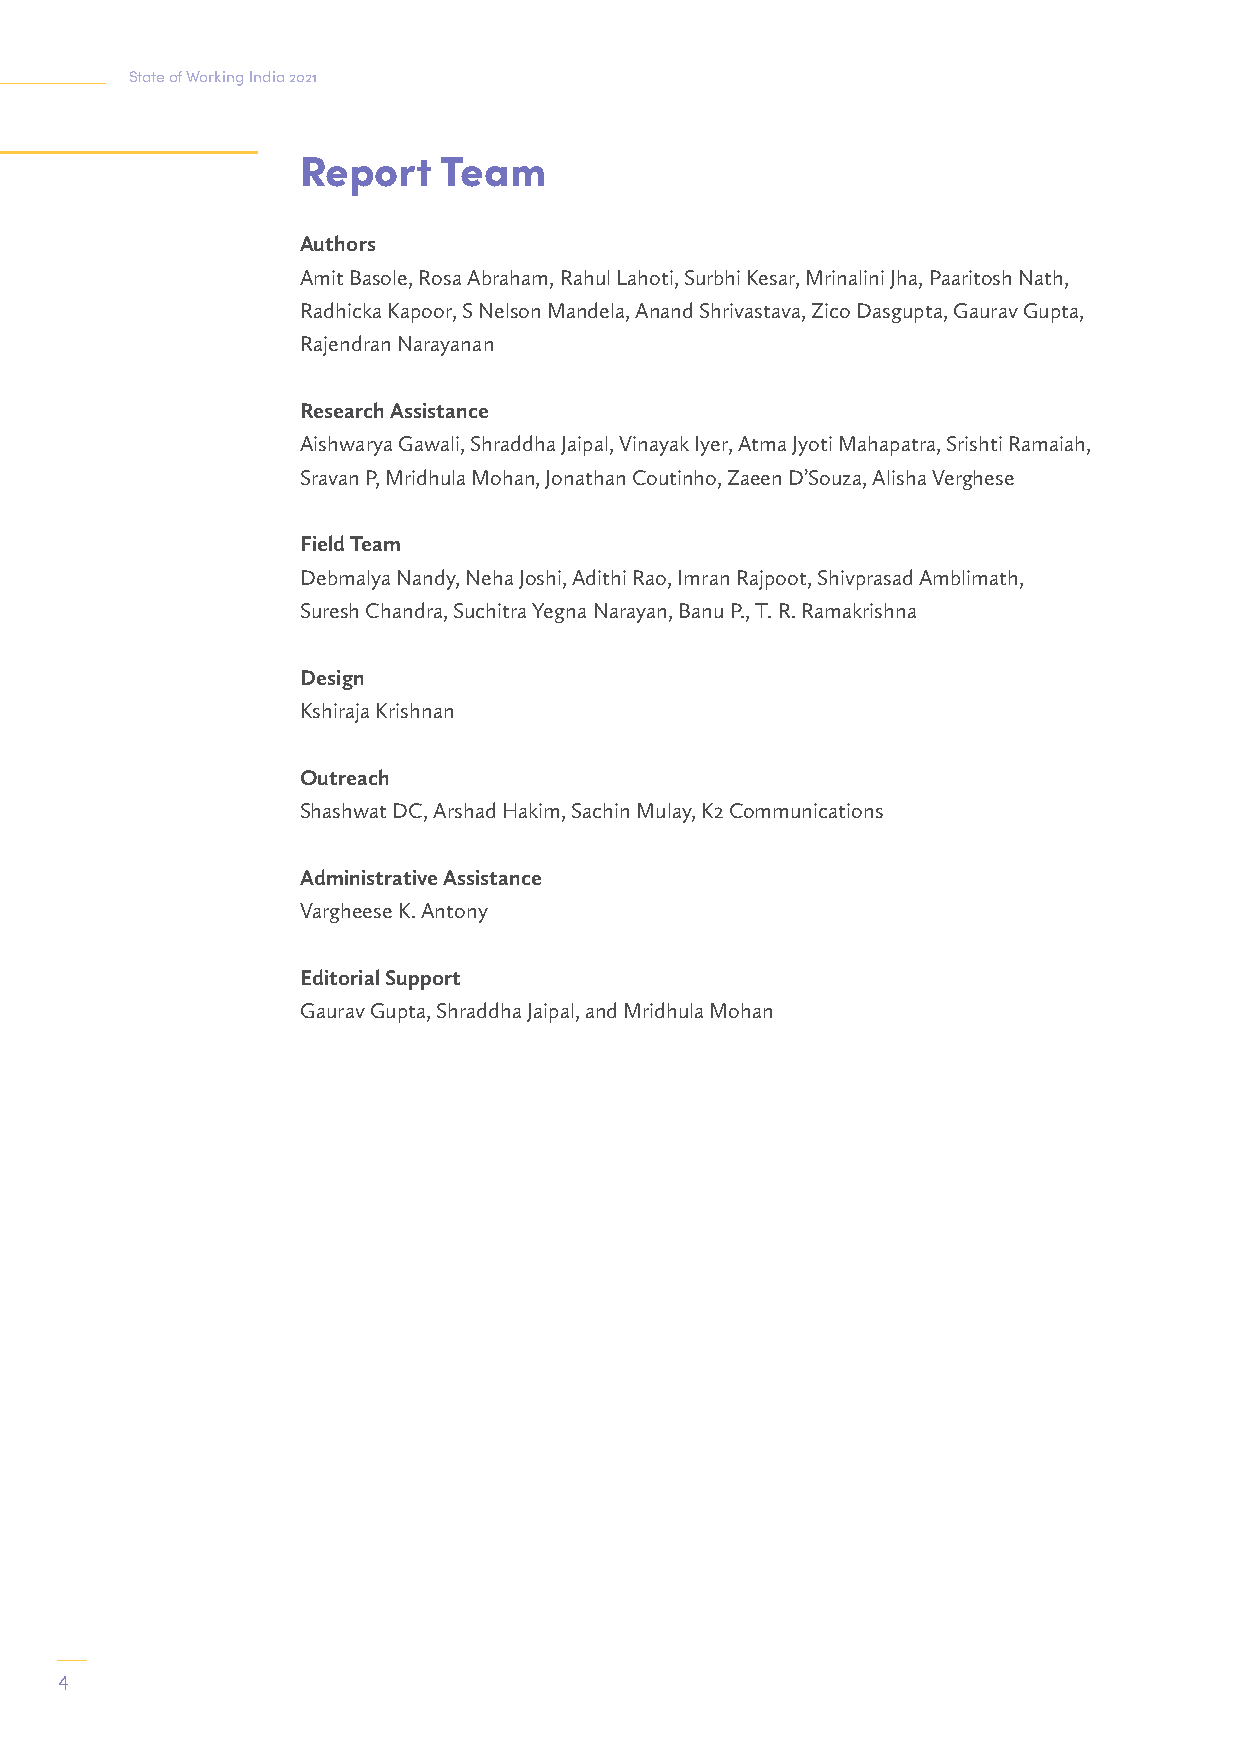
State of Working India 2021
 Report   Team
 Authors
 Amit Basole, Rosa Abraham, Rahul Lahoti, Surbhi Kesar, Mrinalini Jha, Paaritosh Nath,
 Radhicka Kapoor, S Nelson Mandela, Anand Shrivastava, Zico Dasgupta, Gaurav Gupta,
 Rajendran Narayanan
 Research Assistance
 Aishwarya Gawali, Shraddha Jaipal, Vinayak Iyer, Atma Jyoti Mahapatra, Srishti Ramaiah,
 Sravan P, Mridhula Mohan, Jonathan Coutinho, Zaeen D’Souza, Alisha Verghese
 Field Team
 Debmalya Nandy, Neha Joshi, Adithi Rao, Imran Rajpoot, Shivprasad Amblimath,
 Suresh Chandra, Suchitra Yegna Narayan, Banu P., T. R. Ramakrishna
 Design
 Kshiraja Krishnan
 Outreach
 Shashwat DC, Arshad Hakim, Sachin Mulay, K2 Communications
 Administrative Assistance
 Vargheese K. Antony
 Editorial Support
 Gaurav Gupta, Shraddha Jaipal, and Mridhula Mohan
 4